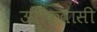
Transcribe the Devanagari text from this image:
ऊतकवासी